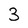
Character: 3